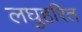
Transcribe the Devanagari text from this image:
लघुहरित